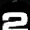
Digit: 2